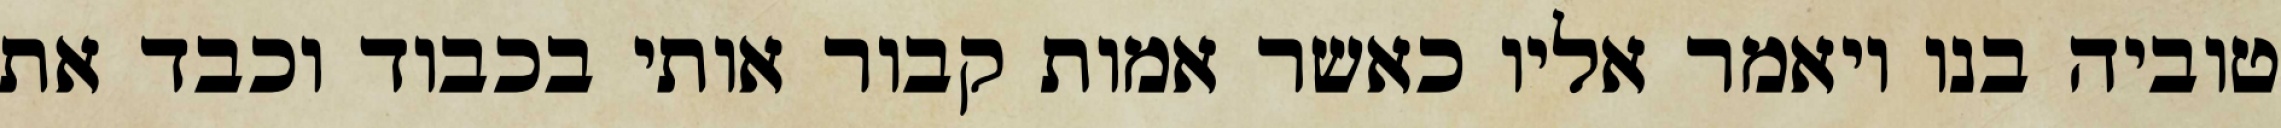
טוביה בנו ויאמר אליו כאשר אמות קבור אותי בכבוד וכבד את